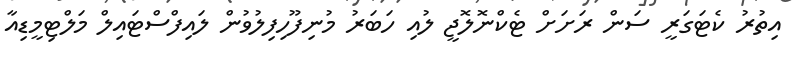
އިތުރު ކެޓަގަރީ ސަން ރަށަށް ޓެކްނޮލޮޖީ ލުއި ހަބަރު މުނިފޫހިފިލުވުން ލައިފްސްޓައިލް މަލްޓިމީޑިއާ